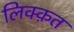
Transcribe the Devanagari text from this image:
लिक्क़त